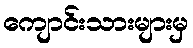
ကျောင်းသားများမှ